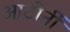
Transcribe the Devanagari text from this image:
आटोर्नी